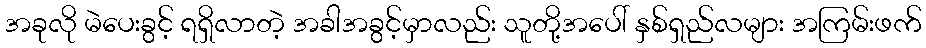
အခုလို မဲပေးခွင့် ရရှိလာတဲ့ အခါအခွင့်မှာလည်း သူတို့အပေါ် နှစ်ရှည်လများ အကြမ်းဖက်